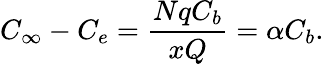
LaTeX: C_{\infty}-C_{e}=\frac{NqC_{b}}{xQ}=\alpha C_{b}.